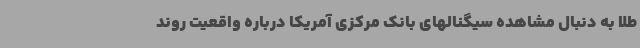
طلا به دنبال مشاهده سیگنالهای بانک مرکزی آمریکا درباره واقعیت روند